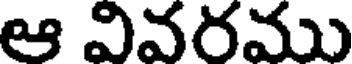
ఆ వివరము